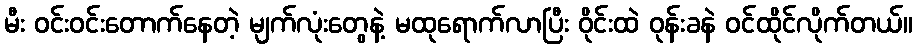
မီး ဝင်းဝင်းတောက်နေတဲ့ မျက်လုံးတွေနဲ့ မထုရောက်လာပြီး ဝိုင်းထဲ ဝုန်းခနဲ ဝင်ထိုင်လိုက်တယ်။